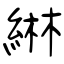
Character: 綝